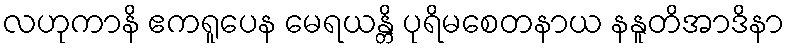
လဟုကာနိ ဧကရူပေန မေရယန္တိ ပုရိမစေတနာယ နနူတိအာဒိနာ